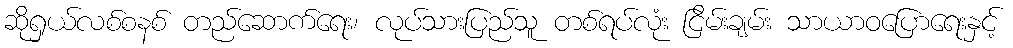
ဆိုရှယ်လစ်စနစ် တည်ဆောက်ရေး၊ လုပ်သားပြည်သူ တစ်ရပ်လုံး ငြိမ်းချမ်း သာယာဝပြောရေးနှင့်